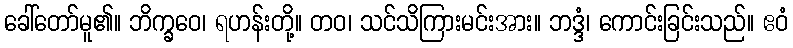
ခေါ်တော်မူ၏။ ဘိက္ခဝေ၊ ရဟန်းတို့။ တဝ၊ သင်သိကြားမင်းအား။ ဘဒ္ဒံ၊ ကောင်းခြင်းသည်။ ဧဝံ